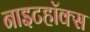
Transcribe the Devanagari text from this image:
नाइटहॉक्स